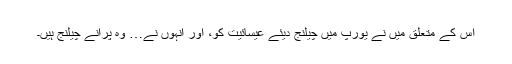
اس کے متعلق میں نے یورپ میں چیلنج دیئے عیسائیت کو، اور انہوں نے… وہ پرانے چیلنج ہیں۔